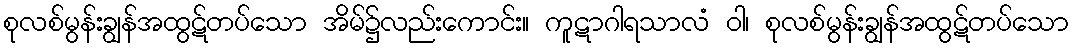
စုလစ်မွန်းချွန်အထွဋ်တပ်သော အိမ်၌လည်းကောင်း။ ကူဋာဂါရသာလံ ဝါ၊ စုလစ်မွန်းချွန်အထွဋ်တပ်သော